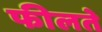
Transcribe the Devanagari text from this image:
फीलते